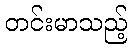
တင်းမာသည့်